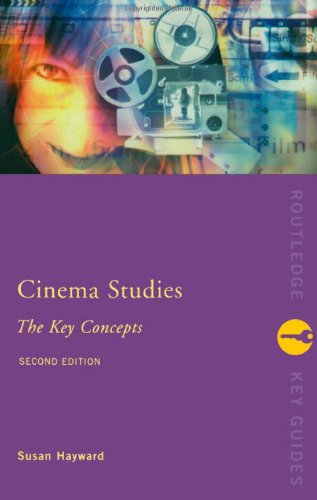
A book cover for Cinema Studies: The Key Concepts (Routledge Key Guides); Susan Hayward; Humor & Entertainment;